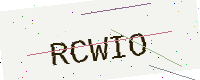
Text: RCWIO